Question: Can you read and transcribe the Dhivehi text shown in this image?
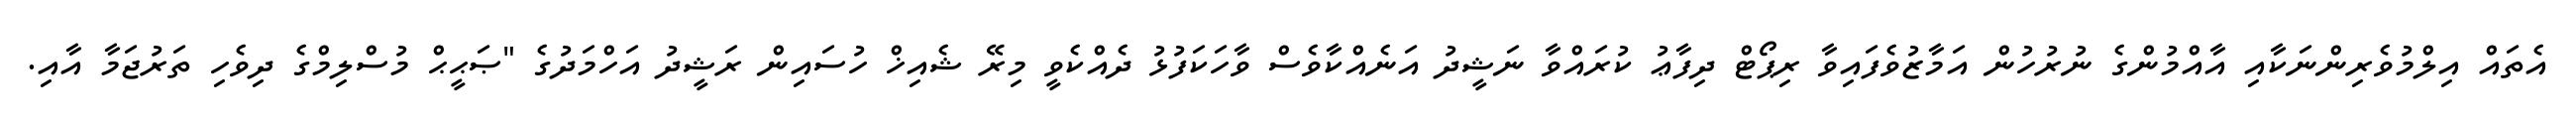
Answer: އެތައް އިލްމުވެރިންނަކާއި އާއްމުންގެ ނުރުހުން އަމާޒުވެފައިވާ ރިޕޯޓް ދިފާޢު ކުރައްވާ ނަޝީދު އަނެއްކާވެސް ވާހަކަފުޅު ދެއްކެވީ މިރޭ ޝެއިޚް ހުސައިން ރަޝީދު އަހްމަދުގެ "ޞަޙީޙް މުސްލިމްގެ ދިވެހި ތަރުޖަމާ އާއި.